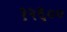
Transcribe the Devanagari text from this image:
१२६००